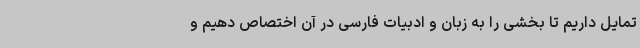
تمایل داریم تا بخشی را به زبان و ادبیات فارسی در آن اختصاص دهیم و